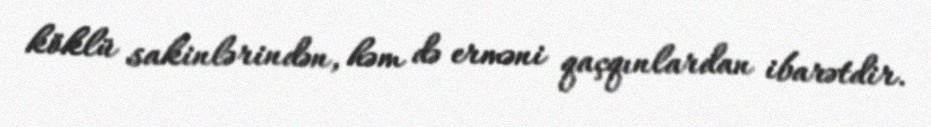
köklü sakinlərindən, həm də erməni qaçqınlardan ibarətdir.